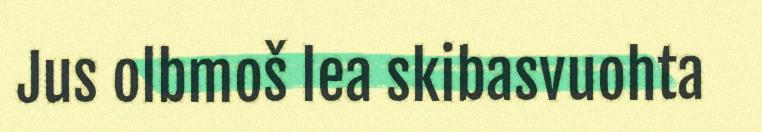
Jus olbmoš lea skibasvuohta